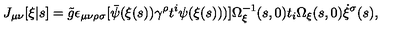
J _ { \mu \nu } [ \xi | s ] = \tilde { g } \epsilon _ { \mu \nu \rho \sigma } [ \bar { \psi } ( \xi ( s ) ) \gamma ^ { \rho } t ^ { i } \psi ( \xi ( s ) ) ) ] \Omega _ { \xi } ^ { - 1 } ( s , 0 ) t _ { i } \Omega _ { \xi } ( s , 0 ) \dot { \xi } ^ { \sigma } ( s ) ,